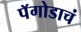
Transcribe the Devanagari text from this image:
पॅगोडाचं